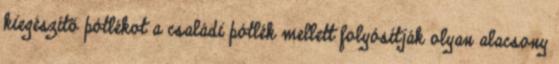
kiegészítő pótlékot a családi pótlék mellett folyósítják olyan alacsony